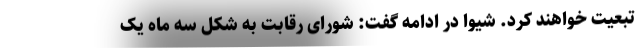
تبعیت خواهند کرد. شیوا در ادامه گفت: شورای رقابت به شکل سه ماه یک